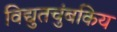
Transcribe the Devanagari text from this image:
विद्युतचुंबकिय